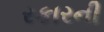
રકારની